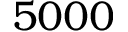
5 0 0 0